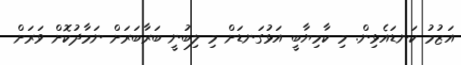
އަޒުމު ކަނޑައެޅިން. މި ކާމިޔާބީ އަޅުގަނޑަށް މި ލިބުނީ ބަރާބަރަށް ނަމާދުކޮށް ވަރަށް